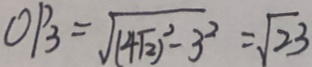
O P _ { 3 } = \sqrt { ( 4 \sqrt { 2 } ) ^ { 2 } - 3 ^ { 2 } } = \sqrt { 2 3 }